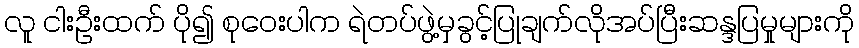
လူ ငါးဦးထက် ပို၍ စုဝေးပါက ရဲတပ်ဖွဲ့မှခွင့်ပြုချက်လိုအပ်ပြီးဆန္ဒပြမှုများကို